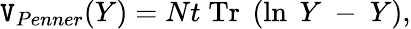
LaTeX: \mathtt{V}_{Penner}(Y)=Nt\; \mathrm{{Tr}}\; \left(\ln\; Y~-~Y\right),